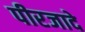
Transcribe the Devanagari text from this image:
पीरजादे